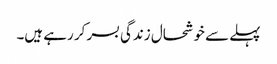
پہلے سے خوشحال زندگی بسر کر رہے ہیں۔